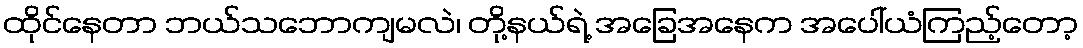
ထိုင်နေတာ ဘယ်သဘောကျမလဲ၊ တို့နယ်ရဲ့ အခြေအနေက အပေါ်ယံကြည့်တော့